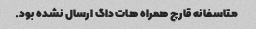
متاسفانه قارچ همراه هات داگ ارسال نشده بود.